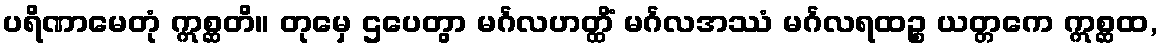
ပရိဏာမေတုံ ဣစ္ဆတိ။ တုမှေ ဌပေတွာ မင်္ဂလဟတ္ထိံ မင်္ဂလအဿံ မင်္ဂလရထဉ္စ ယတ္တကေ ဣစ္ဆထ,